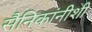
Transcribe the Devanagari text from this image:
सैनिकांनीशी